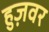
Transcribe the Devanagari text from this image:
हुज़वर